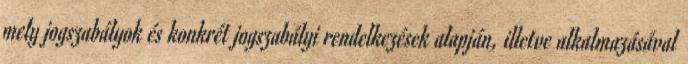
mely jogszabályok és konkrét jogszabályi rendelkezések alapján, illetve alkalmazásával